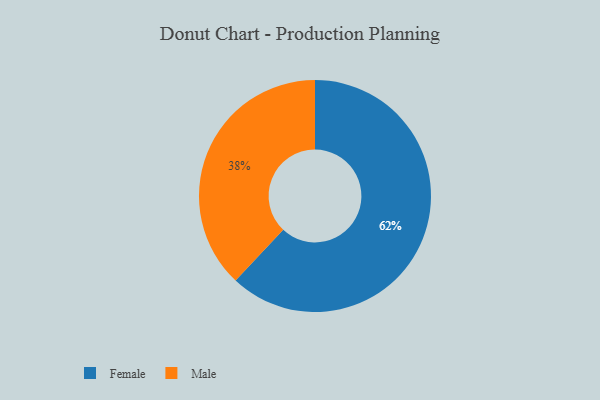
{"axis": {"x": "Category", "y": "Percentage"}, "legend": ["Female", "Male"], "data": [{"x": "Male", "y": 38, "type": "Male"}, {"x": "Female", "y": 62, "type": "Female"}]}